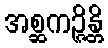
အစ္ဆကဉ္ဇိန္တိ